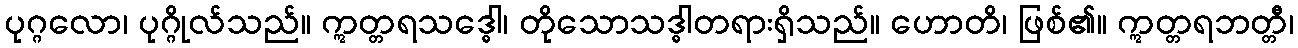
ပုဂ္ဂလော၊ ပုဂ္ဂိုလ်သည်။ ဣတ္တရသဒ္ဓေါ၊ တိုသောသဒ္ဓါတရားရှိသည်။ ဟောတိ၊ ဖြစ်၏။ ဣတ္တရဘတ္တီ၊